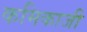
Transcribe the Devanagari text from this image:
कमिकाजी